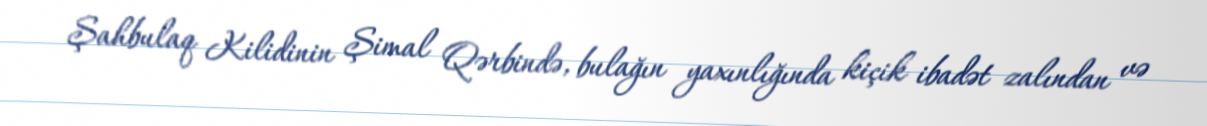
Şahbulaq Kilidinin Şimal Qərbində, bulağın yaxınlığında kiçik ibadət zalından və